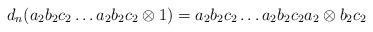
LaTeX: \begin{align*}d_n(a_2b_2c_2 \dots a_2b_2c_2 \otimes 1) = a_2b_2c_2 \dots a_2b_2c_2a_2 \otimes b_2c_2\end{align*}